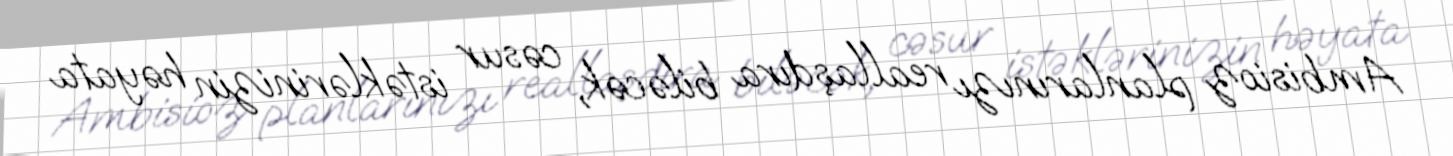
Ambisioz planlarınızı reallaşdıra biləcək, cəsur istəklərinizin həyata